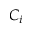
C _ { i }